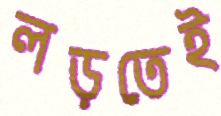
লড়তেই